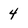
Character: 4